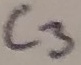
Text: C3